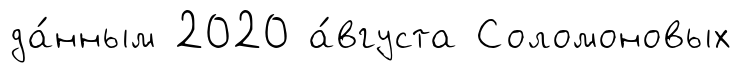
да́нным 2020 а́вгуста Соломоновых